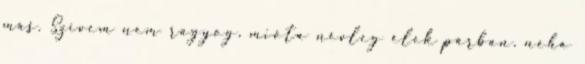
más. Szívem nem ragyog, mióta névleg élek párban. néha